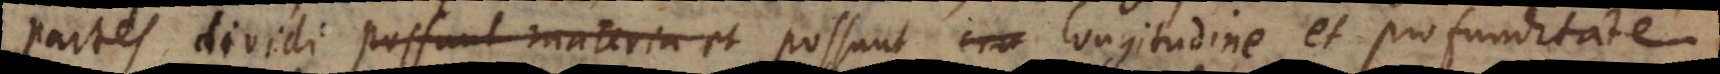
partes dividi possunt materia et cra longitudine et profunditate,